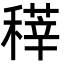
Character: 䅸